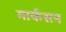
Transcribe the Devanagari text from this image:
मार्कसन